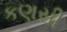
કણસી